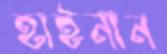
হাইনান